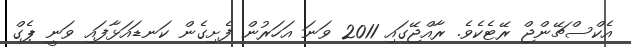
އެކްސްޗޭންޖް ރޭޓެކެވެ. ރާއްޖޭގައި 2011 ވަނަ އަހަރުން ފެށިގެން ކަނޑައަޅާފައި ވަނީ ޕެގް